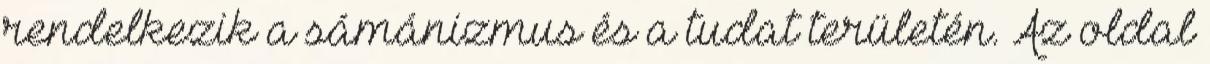
rendelkezik a sámánizmus és a tudat területén. Az oldal